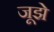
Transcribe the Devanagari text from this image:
जूझे